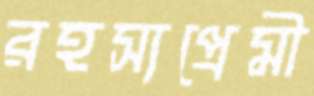
রহস্যপ্রেমী